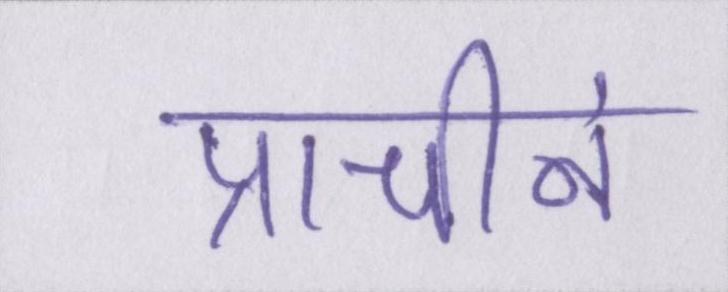
प्राचीनं